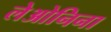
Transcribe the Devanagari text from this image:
लेओनिना